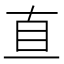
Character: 𥄂